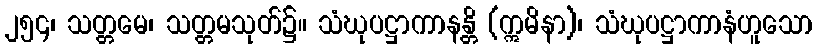
၂၅၄၊ သတ္တမေ၊ သတ္တမသုတ်၌။ သံဃုပဋ္ဌာကာနန္တိ (ဣမိနာ)၊ သံဃုပဋ္ဌာကာနံဟူသော